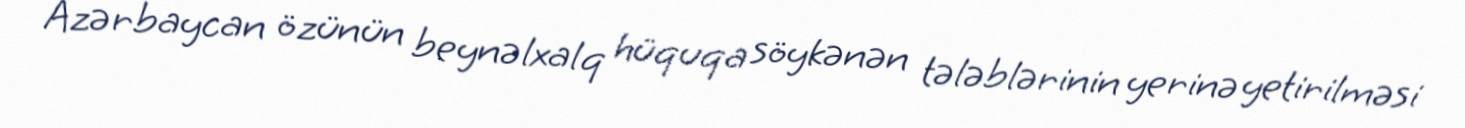
Azərbaycan özünün beynəlxalq hüquqa söykənən tələblərinin yerinə yetirilməsi